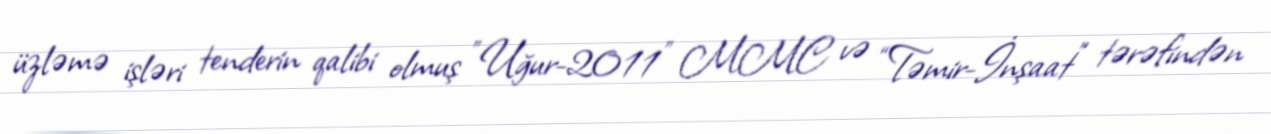
üzləmə işləri tenderin qalibi olmuş ”Uğur-2011" MMC və “Təmir-İnşaat” tərəfindən